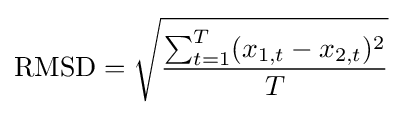
\operatorname {RMSD} ={\sqrt {\frac {\sum _{t=1}^{T}(x_{1,t}-x_{2,t})^{2}}{T}}}